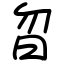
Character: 曶